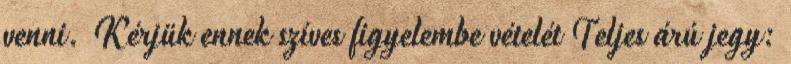
venni. Kérjük ennek szíves figyelembe vételét Teljes árú jegy: